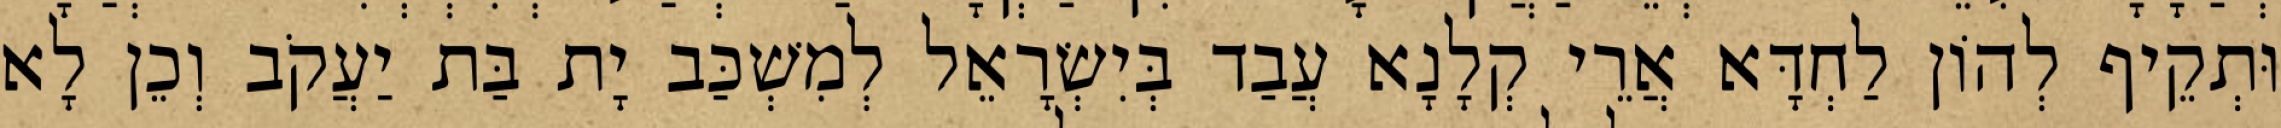
וּתְקֵיף לְהוֹן לַחְדָּא אֲרֵי קְלָנָא עֲבַד בְּיִשְׂרָאֵל לְמִשְׁכַּב יָת בַּת יַעֲקֹב וְכֵן לָא